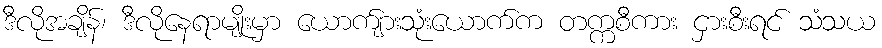
ဒီလိုအချိန်၊ ဒီလိုနေရာမျိုးမှာ ယောက်ျားသုံးယောက်က တက္ကစီကား ငှားစီးရင် သံသယ